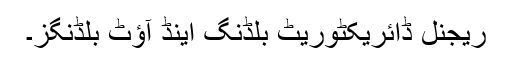
ریجنل ڈائریکٹوریٹ بلڈنگ اینڈ آؤٹ بلڈنگز۔